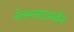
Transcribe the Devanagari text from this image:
नेल्सनसाउंडस्कैन